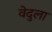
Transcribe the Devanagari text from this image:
वेदुला